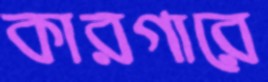
কারগারে